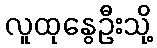
လူထုနွေဦးသို့